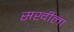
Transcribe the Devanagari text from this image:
सखीला